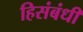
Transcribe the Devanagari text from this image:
हिसंबंधी